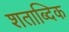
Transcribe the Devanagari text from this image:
शताब्दिक